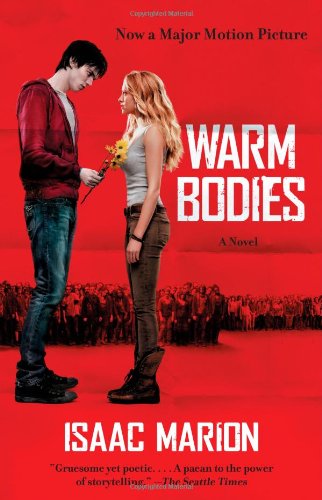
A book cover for Warm Bodies: A Novel (The Warm Bodies Series); Isaac Marion; Mystery, Thriller & Suspense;